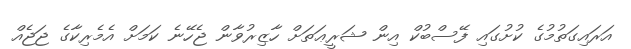
އަރައިގަތުމުގެ ކުށުގައި ފޭސްބުކް އިން ޝަރީޢަތަށް ހާޒިރުވާން ޖެހޭނެ ކަމަށް އެމެރިކާގެ ޖަޖެއް